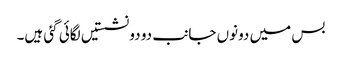
بس میں دونوں جانب دو دو نشستیں لگائی گئی ہیں۔